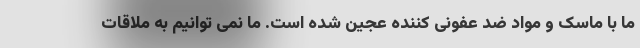
ما با ماسک و مواد ضد عفونی کننده عجین شده است. ما نمی توانیم به ملاقات